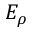
E _ { \rho }